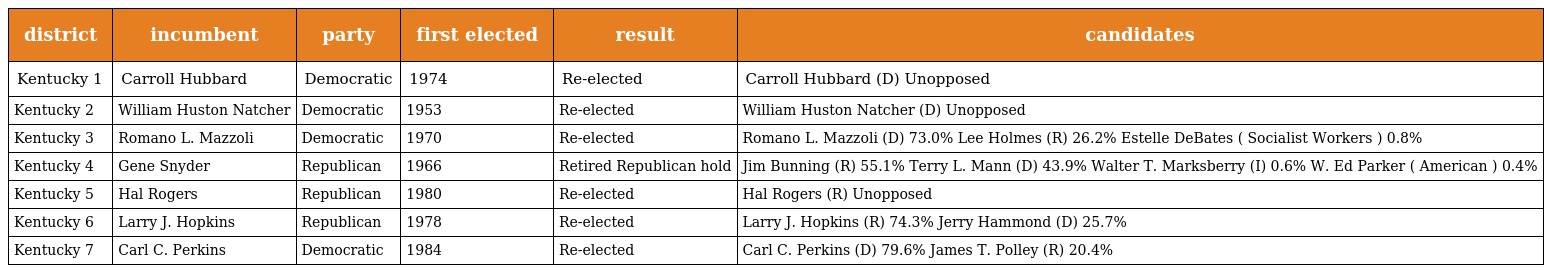
| district | incumbent | party | first elected | result | candidates |
 | --- | --- | --- | --- | --- | --- |
 | Kentucky 1 | Carroll Hubbard | Democratic | 1974 | Re-elected | Carroll Hubbard (D) Unopposed |
 | Kentucky 2 | William Huston Natcher | Democratic | 1953 | Re-elected | William Huston Natcher (D) Unopposed |
 | Kentucky 3 | Romano L. Mazzoli | Democratic | 1970 | Re-elected | Romano L. Mazzoli (D) 73.0% Lee Holmes (R) 26.2% Estelle DeBates ( Socialist Workers ) 0.8% |
 | Kentucky 4 | Gene Snyder | Republican | 1966 | Retired Republican hold | Jim Bunning (R) 55.1% Terry L. Mann (D) 43.9% Walter T. Marksberry (I) 0.6% W. Ed Parker ( American ) 0.4% |
 | Kentucky 5 | Hal Rogers | Republican | 1980 | Re-elected | Hal Rogers (R) Unopposed |
 | Kentucky 6 | Larry J. Hopkins | Republican | 1978 | Re-elected | Larry J. Hopkins (R) 74.3% Jerry Hammond (D) 25.7% |
 | Kentucky 7 | Carl C. Perkins | Democratic | 1984 | Re-elected | Carl C. Perkins (D) 79.6% James T. Polley (R) 20.4% |